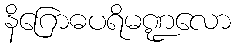
နိဂြောဓပရိမဏ္ဍလော